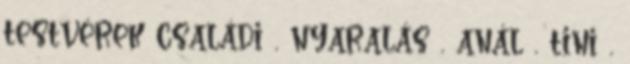
testvérek családi , nyaralás , anál , tini ,